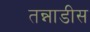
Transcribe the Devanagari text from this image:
तन्नाडीस